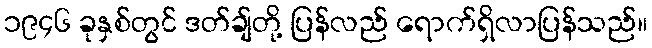
၁၉၄၆ ခုနှစ်တွင် ဒတ်ချ်တို့ ပြန်လည် ရောက်ရှိလာပြန်သည်။